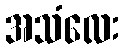
အသံလေး